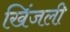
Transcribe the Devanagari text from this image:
खिंजली